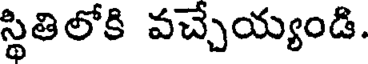
స్థితిలోకి వచ్చేయ్యండి.